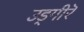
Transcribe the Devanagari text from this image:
उड्गीरॆ